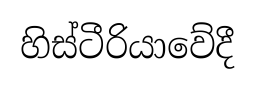
හිස්ටීරියාවේදී